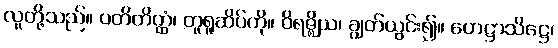
လူတို့သည်။ ပတိတိတ္ထံ၊ တူရူဆိပ်ကို။ ဝိရဇ္ဈိယ၊ ချွတ်ယွင်း၍။ ဟေဋ္ဌာသိဋ္ဌေ၊